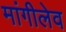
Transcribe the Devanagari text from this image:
मांगीलेव